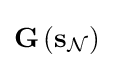
\mathbf {G} \left(\mathbf {s} _{\mathcal {N}}\right)